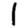
Digit: 1